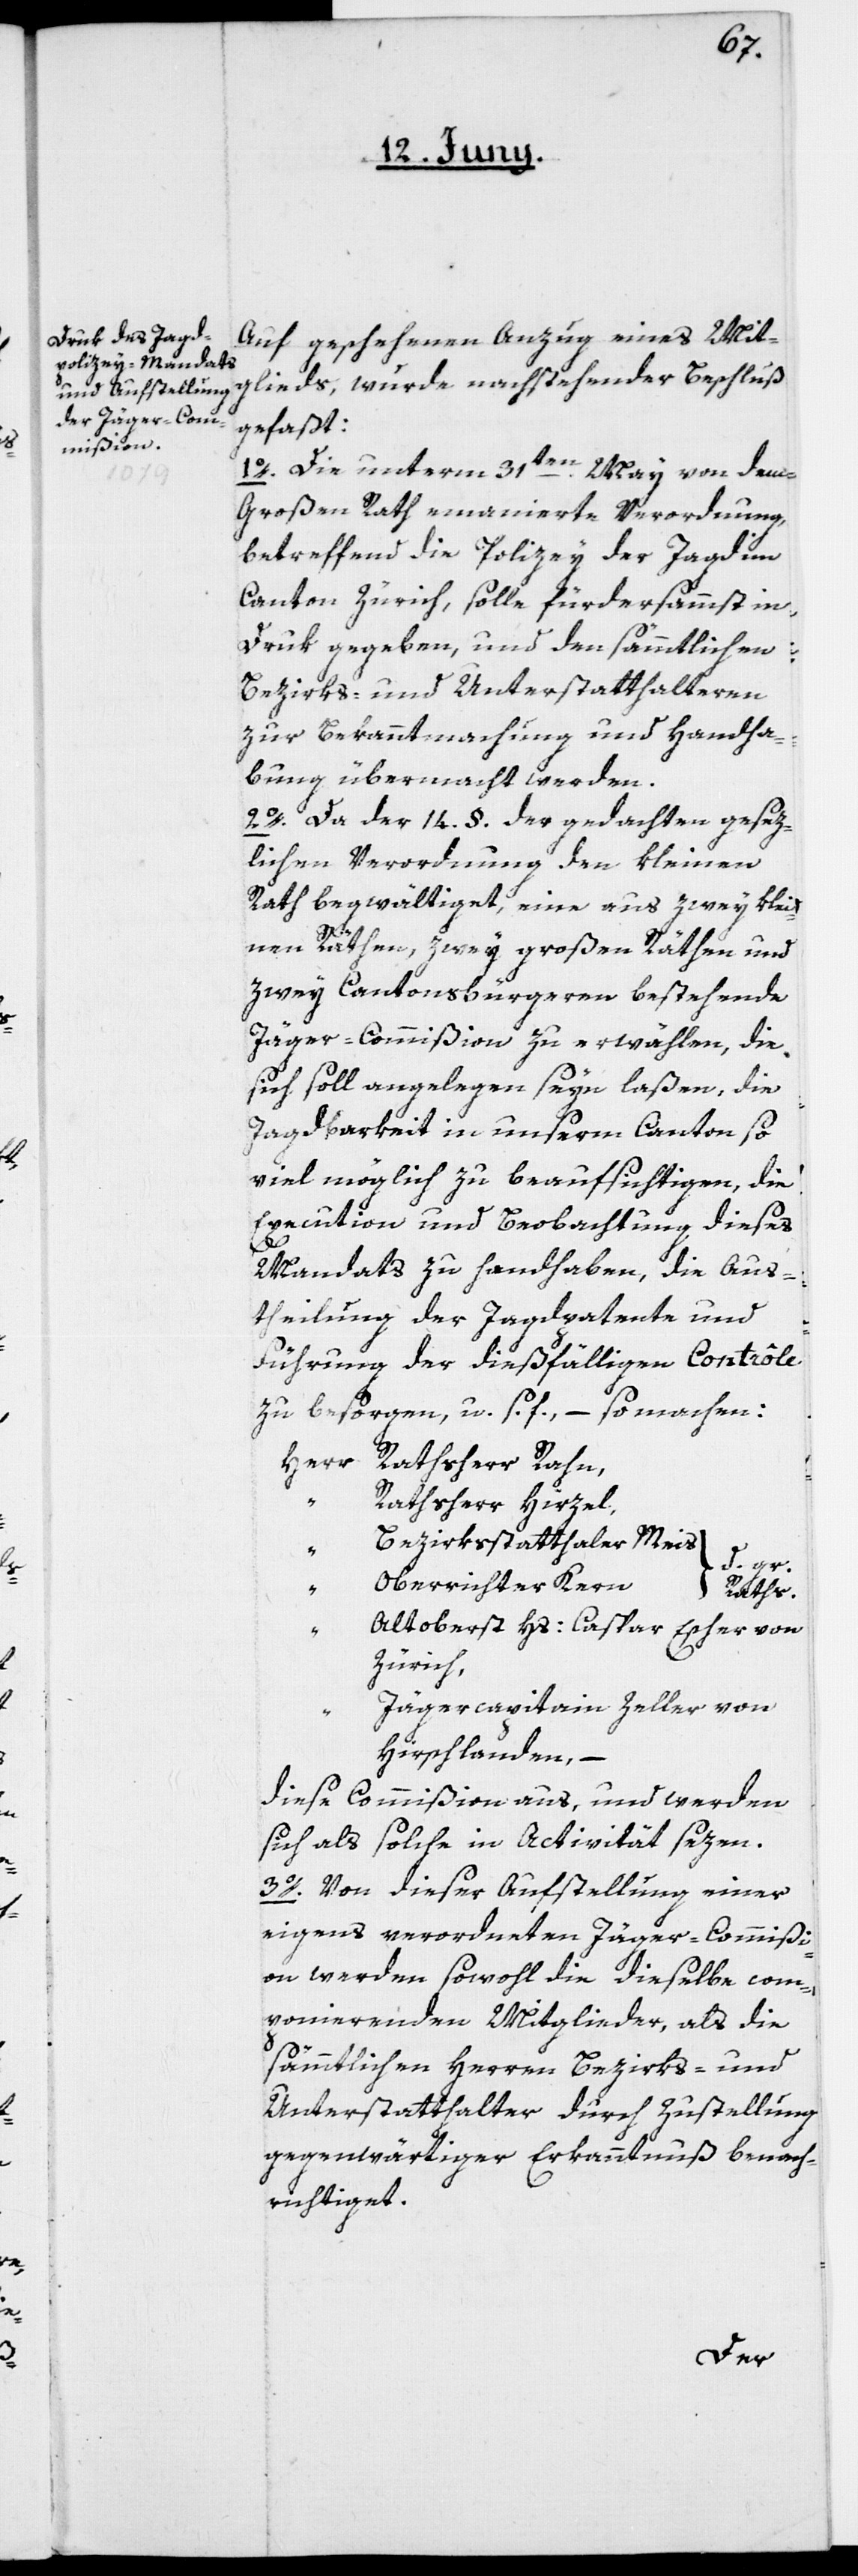
Auf geschehenen Anzug eines Mit¬
glieds wurde nachstehender Beschluß
gefaßt:
1o. Die unterm 31ten May von dem
Großen Rath emanierte Verordnung,
betreffend die Polizey der Jagd im
Canton Zürich, solle fürdersammst in
Druk gegeben, und den sämmtlichen
Bezirks- und Unterstatthalteren
zur Bekanntmachung und Handha¬
bung übermacht werden.
2o. Da der 14. §. der gedachten gesez¬
lichen Verordnung den Kleinen
Rath begwältiget, eine aus zwey Klei¬
nen Räthen, zwey Großen Räthen und
zwey Cantonsbürgeren bestehende
Jäger-Commißion zu erwählen, die
sich soll angelegen seyn laßen, die
Jagdbarkeit in unserm Canton so
viel möglich zu beaufsichtigen, die
Execution und Beobachtung dieses
Mandats zu handhaben, die Aus¬
theilung der Jagdpatente und
Führung der dießfälligen Contrôle
zu besorgen u. s. f., – so machen:
Rathsherr Hirzel,
Bezirksstatthalter Meis
d. gr.
Oberrichter Kern
“
Raths.
Altoberst Hs: Caspar Escher von
Zürich,
Jägercapitain Zeller von
Hirschlanden,
–
diese Commißion aus, und werden
sich als solche in Activität sezen.
3o.
Von dieser Aufstellung einer
eigens verordneten Jäger-Commißi¬
on werden sowohl die dieselbe com¬
ponierenden Mitglieder, als die
sämmtlichen Herren Bezirks- und
Unterstatthalter durch Zustellung
gegenwärtiger Erkanntnuß benach¬
richtiget.
Herr